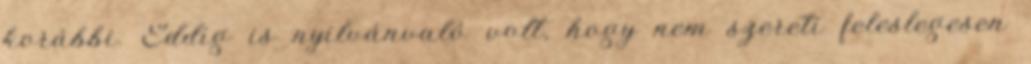
korábbi. Eddig is nyilvánvaló volt, hogy nem szereti feleslegesen